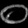
Digit: ၀